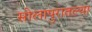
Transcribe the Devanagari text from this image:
सोलापुरातल्या